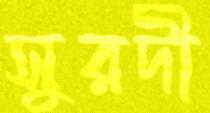
সুরদী